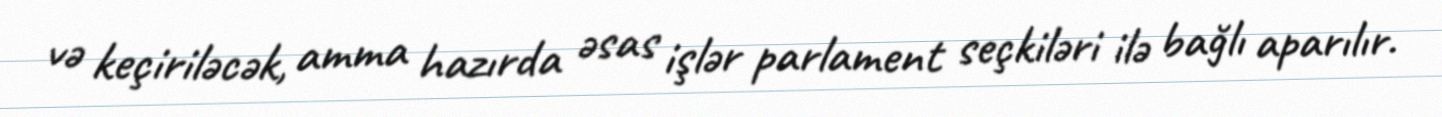
və keçiriləcək, amma hazırda əsas işlər parlament seçkiləri ilə bağlı aparılır.